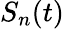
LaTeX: S_{n}(t)